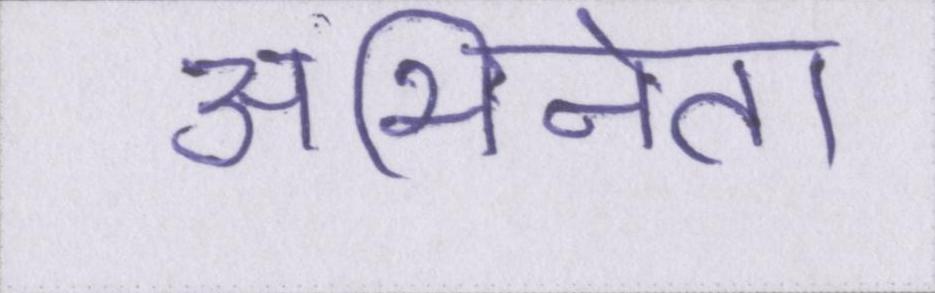
अभिनेता